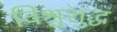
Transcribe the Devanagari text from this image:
विश्वशुद्ध